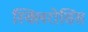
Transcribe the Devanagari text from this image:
स्क्लिरोसिस